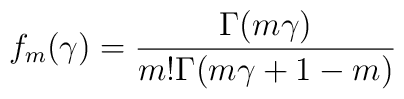
f_m(\gamma) = \frac{\Gamma(m\gamma)}{m! \Gamma (m\gamma +1 -m)}